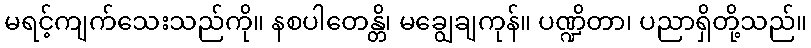
မရင့်ကျက်သေးသည်ကို။ နစပါတေန္တိ၊ မချွေချကုန်။ ပဏ္ဍိတာ၊ ပညာရှိတို့သည်။